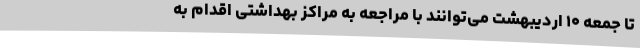
تا جمعه ۱۰ اردیبهشت می‌توانند با مراجعه به مراکز بهداشتی اقدام به